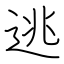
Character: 逃